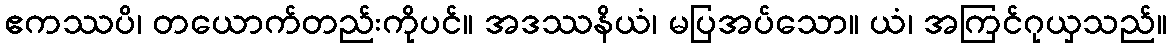
ဧကဿပိ၊ တယောက်တည်းကိုပင်။ အဒဿနိယံ၊ မပြအပ်သော။ ယံ၊ အကြင်ဂုယှသည်။